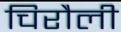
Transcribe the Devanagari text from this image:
चिरौली